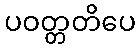
ပဝတ္တတိပေ